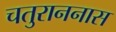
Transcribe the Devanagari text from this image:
चतुराननास